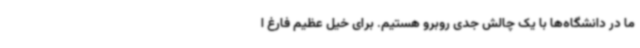
ما در دانشگاه‌ها با یک چالش جدی روبرو هستیم. برای خیل عظیم فارغ ا